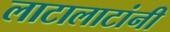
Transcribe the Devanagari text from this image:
लाटालाटांनी